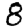
Digit: 8